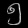
Digit: ၅